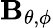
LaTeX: \mathbf{B}_{\theta,\phi}